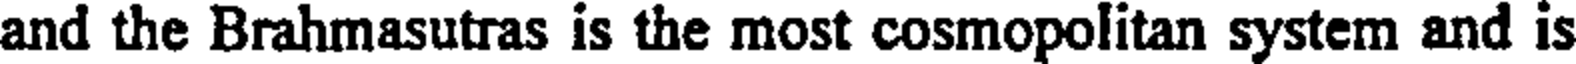
and the Brahmasutras is the most cosmopolitan system and is